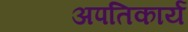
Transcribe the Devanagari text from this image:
अपतिकार्य